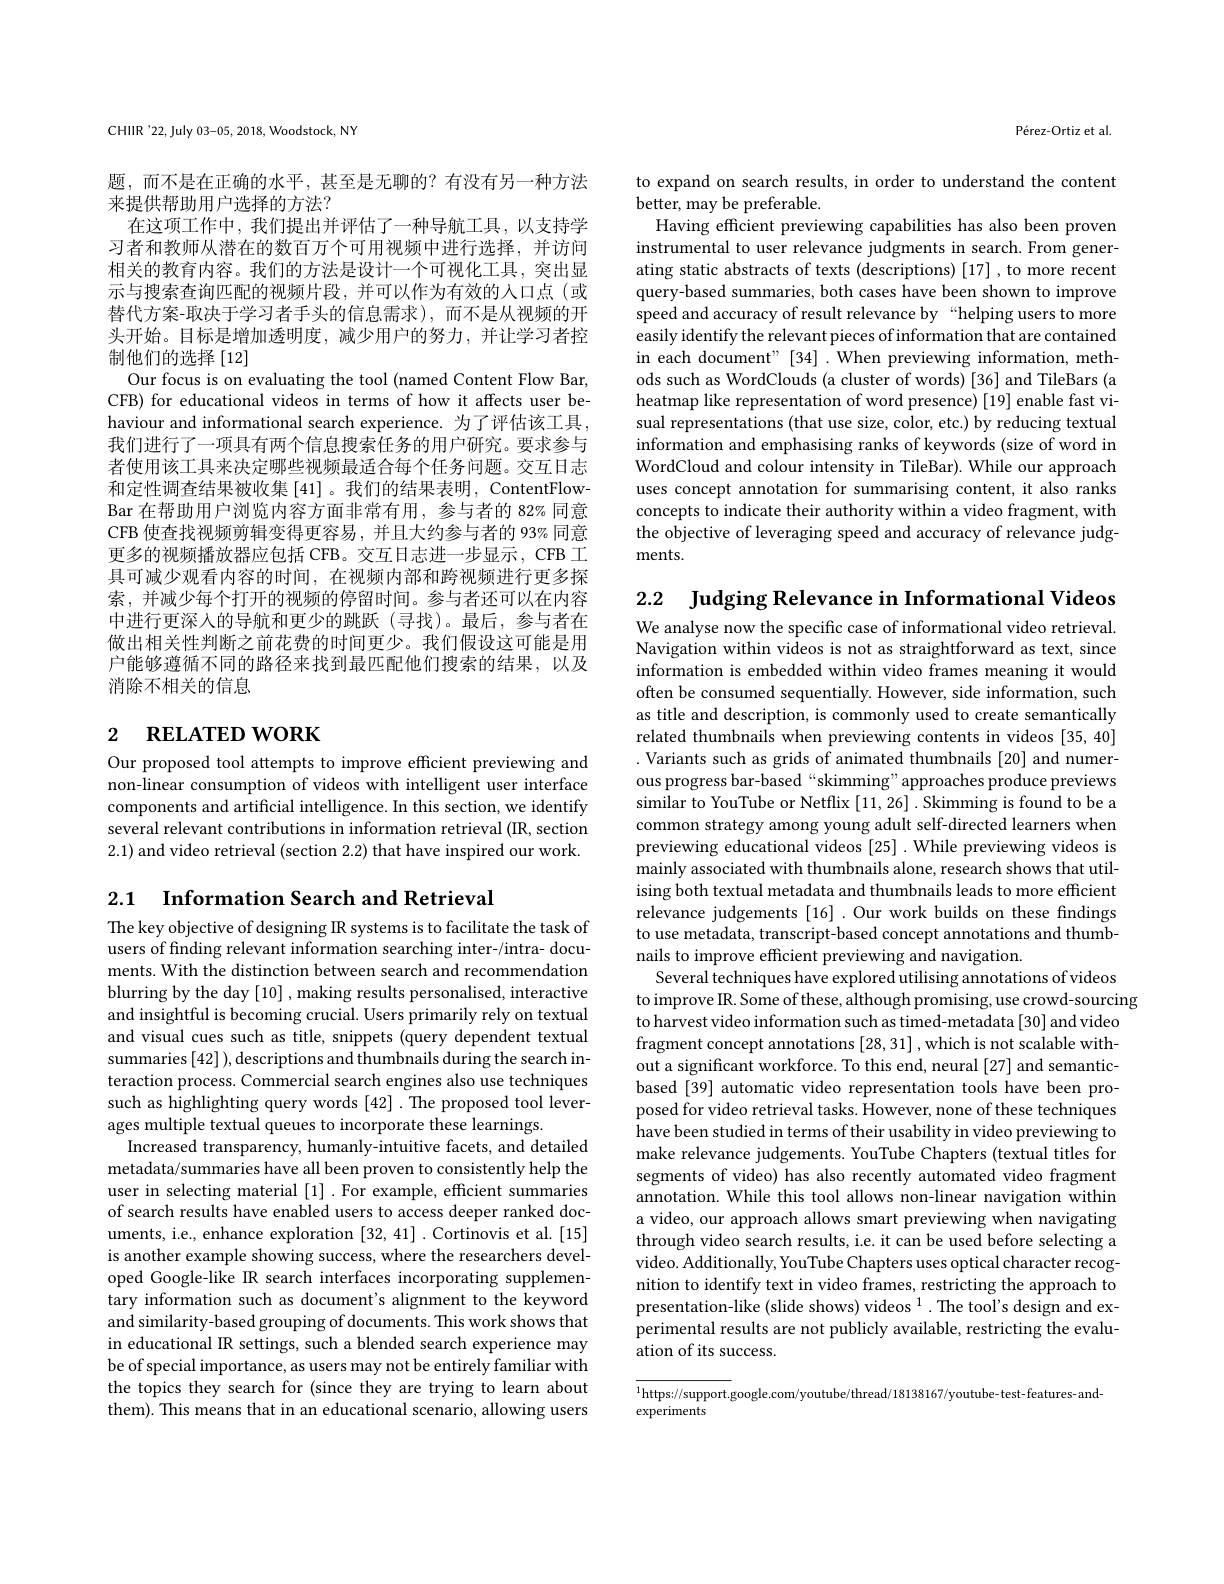
CHIIR'22,July 03-05, 2018, Woodstock, NY

题，而不是在正确的水平，甚至是无聊的？有没有另一种方法
来提供帮助用户选择的方法？
在这项工作中，我们提出并评估了一种导航工具，以支持学习者和教师从潜在的数百万个可用视频中进行选择，并访问相关的教育内容。我们的方法是设计一个可视化工具，突出显示与搜索查询匹配的视频片段，并可以作为有效的人口点(或替代方案-取决于学习者手头的信息需求),而不是从视频的开头开始。目标是增加透明度，减少用户的努力，并让学习者控制他们的选择[12]
Our focus is on evaluating the tool (named Content Flow Bar, CFB) for educational videos in terms of how it affects user behaviour and informational search experience. 为了评估该工具， 我们进行了一项具有两个信息搜索任务的用户研究。要求参与者使用该工具来决定哪些视频最适合每个任务问题。交互日志和定性调查结果被收集[41]。我们的结果表明，ContentFlowBar 在帮助用户浏览内容方面非常有用，参与者的 82% 同意CFB 使查找视频剪辑变得更容易，并且大约参与者的 93% 同意更多的视频播放器应包括 CFB。交互日志进一步显示，CFB 工具可减少观看内容的时间，在视频内部和跨视频进行更多探索，并减少每个打开的视频的停留时间。参与者还可以在内容中进行更深入的导航和更少的跳跃(寻找)。最后，参与者在做出相关性判断之前花费的时间更少。我们假设这可能是用户能够遵循不同的路径来找到最匹配他们搜索的结果，以及消除不相关的信息

# 2 $\textbf{RELATED WORK}$

Our proposed tool attempts to improve efficient previewing and non-linear consumption of videos with intelligent user interface components and artificial intelligence. In this section, we identify several relevant contributions in information retrieval (IR, section 2.1) and video retrieval (section 2.2) that have inspired our work.

2.1 $\textbf{Information Search and Retrieval}$

The key objective of designing IR systems is to facilitate the task of users of finding relevant information searching inter-/intra- documents. With the distinction between search and recommendation blurring by the day [10] , making results personalised, interactive and insightful is becoming crucial. Users primarily rely on textual and visual cues such as title, snippets (query dependent textual summaries [42]),descriptions and thumbnails during the search interaction process. Commercial search engines also use techniques such as highlighting query words [42] . The proposed tool leverages multiple textual queues to incorporate these learnings.
Increased transparency, humanly-intuitive facets, and detailed metadata/summaries have all been proven to consistently help the user in selecting material [1] .For example, effcient summaries of search results have enabled users to access deeper ranked documents, i.e., enhance exploration [32,41] .Cortinovis et al. [15] is another example showing success, where the researchers developed Google-like IR search interfaces incorporating supplementary information such as document's alignment to the keyword and similarity-based grouping of documents. This work shows that in educational IR settings, such a blended search experience may be of special importance, as users may not be entirely familiar with the topics they search for (since they are trying to learn about them). This means that in an educational scenario, allowing users

Pérez-Ortiz et al.

to expand on search results, in order to understand the content
better, may be preferable.

Having efficient previewing capabilities has also been proven instrumental to user relevance judgments in search. From generating static abstracts of texts (descriptions) [17] , to more recent query-based summaries, both cases have been shown to improve speed and accuracy of result relevance by “helping users to more easily identify the relevant pieces of information that are contained in each document" [34] .When previewing information, methods such as WordClouds (a cluster of words) [36] and TileBars (a heatmap like representation of word presence) [19] enable fast visual representations (that use size, color, etc.) by reducing textual information and emphasising ranks of keywords (size of word in WordCloud and colour intensity in TileBar). While our approach uses concept annotation for summarising content, it also ranks concepts to indicate their authority within a video fragment, with the objective of leveraging speed and accuracy of relevance judgments.

2.2 $\textbf{Judging Relevance in Informational Videos}$ We analyse now the specific case of informational video retrieval. Navigation within videos is not as straightforward as text, since information is embedded within video frames meaning it would often be consumed sequentially. However, side information, such as title and description, is commonly used to create semantically related thumbnails when previewing contents in videos [35,40] .Variants such as grids of animated thumbnails [20] and numerous progress bar-based“skimming”approaches produce previews similar to YouTube or Netflix [11,26] .Skimming is found to be a common strategy among young adult self-directed learners when previewing educational videos [25] .While previewing videos is mainly associated with thumbnails alone, research shows that utilising both textual metadata and thumbnails leads to more efficient relevance judgements [16] .Our work builds on these findings to use metadata, transcript-based concept annotations and thumbnails to improve efficient previewing and navigation.
Several techniques have explored utilising annotations of videos
to improve IR. Some of these, although promising, use crowd-sourcing
to harvest video information such as timed-metadata [30] and video fragment concept annotations [28,31] ,which is not scalable without a significant workforce. To this end, neural [27] and semanticbased [39] automatic video representation tools have been proposed for video retrieval tasks. However, none of these techniques have been studied in terms of their usability in video previewing to make relevance judgements. YouTube Chapters (textual titles for segments of video) has also recently automated video fragment annotation. While this tool allows non-linear navigation within a video, our approach allows smart previewing when navigating through video search results, i.e. it can be used before selecting a video. Additionally, YouTube Chapters uses optical character recognition to identify text in video frames, restricting the approach to presentation-like (slide shows) videos $^1.$ The tool's design and experimental results are not publicly available, restricting the evaluation of its success.

$^{1}$https://support.google.com/youtube/thread/18138167/youtube-test-features-and-
experiments